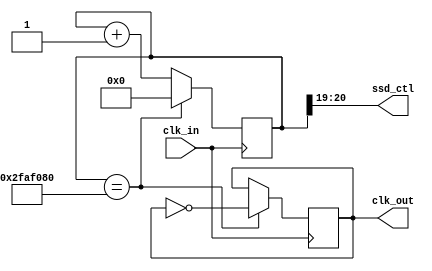
`timescale 1ns / 1ps


module freq_div(
     clk_in,
     //rst,
     clk_out,
     ssd_ctl
    );
    input  clk_in;
    //input  rst;
    output reg clk_out;
    output [1:0] ssd_ctl;
    reg [26:0] cnt;
    
    initial 
    begin
        cnt <= 27'b0;
        clk_out <= 1'b0;
    end
    
    assign ssd_ctl = cnt[20:19];
    

        
    always@( posedge clk_in  )
    begin
       if ( cnt == 50_000_000 ) begin
            cnt <= 27'b0;
            clk_out <= ~clk_out;
            end
        else
            cnt <= cnt + 1;
    end
    
endmodule